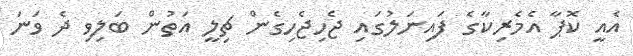
އެއީ ކޮޕާ އެމެރިކާގެ ފައިނަލުގައި ޖެހިޖެހިގެން ޗިލީ އަތުން ބަލިވި ދެ ވަނަ